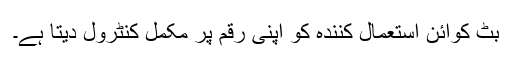
بِٹ کوائن استعمال کنندہ کو اپنی رقم پر مکمل کنٹرول دیتا ہے۔